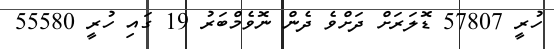
ހުރީ 57807 ޑޮލަރަށް ދަށްވެ ދެން ނޮވެމްބަރު 19 ގައި ހުރީ 55580